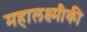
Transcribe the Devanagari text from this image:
महालक्ष्मीकी